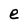
Character: e